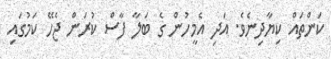
ކަންތައް ކިޔާދިނެވެ. އަދި އެމީހުން ގެ ބަލާ ފާސް ކުރަން ޖެހޭ ކަމުގައި